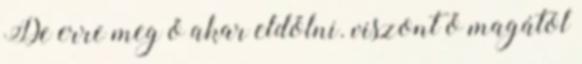
De erre meg ő akar eldőlni. viszont ő magától